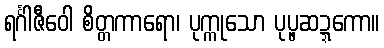
ရင်္ဂါဇီဝေါ စိတ္တကာရော၊ ပုက္ကုသော ပုပ္ဖဆဍ္ဍကော။